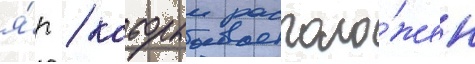
я́р / которыи располо́жен